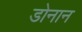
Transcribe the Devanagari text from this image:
डोनान